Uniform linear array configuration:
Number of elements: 16
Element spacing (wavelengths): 1
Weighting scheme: hann
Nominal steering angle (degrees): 30
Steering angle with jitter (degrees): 28.212
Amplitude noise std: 0.05
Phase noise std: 0.05

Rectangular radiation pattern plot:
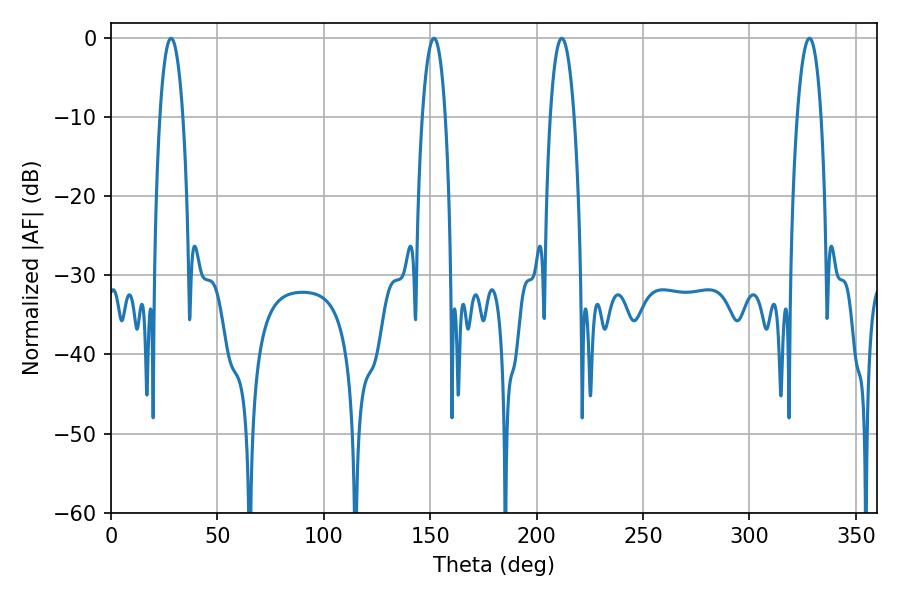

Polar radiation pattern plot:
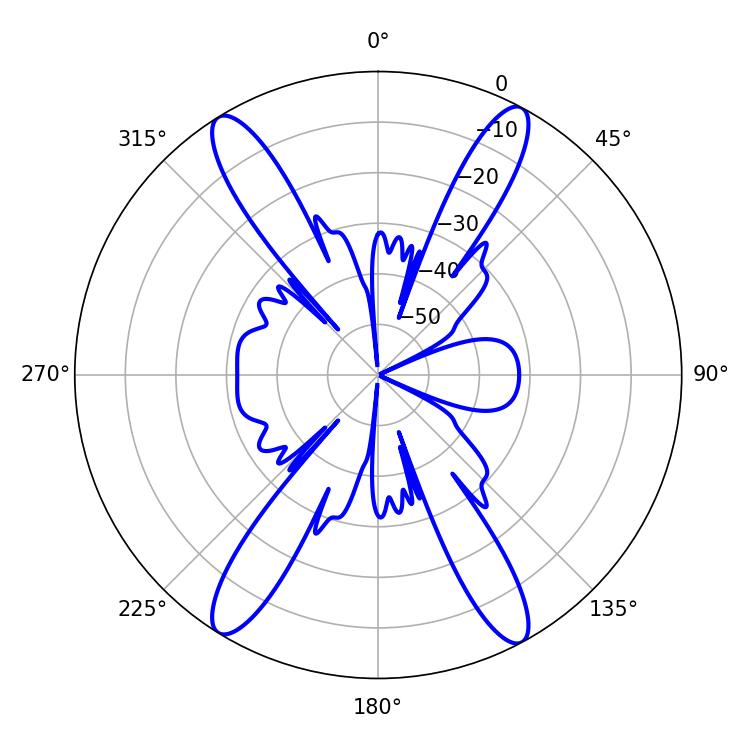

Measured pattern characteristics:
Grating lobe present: TRUE
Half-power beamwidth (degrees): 6.12
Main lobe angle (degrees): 28.26